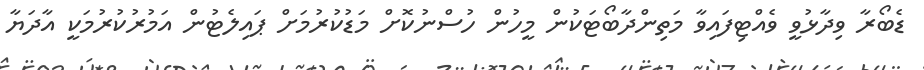
ޑެބޯރާ ވިދާޅުވީ ވެއްޓިފައިވާ މަތިންދާބޯޓަކުން މީހުން ހުސްނުކޮށް މަޑުކުރުމަށް ޕައިލެޓުން އަމުރުކުރުމަކީ އާދަޔާ